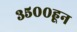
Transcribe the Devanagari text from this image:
३५००हून